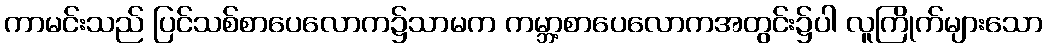
ကာမင်းသည် ပြင်သစ်စာပေလောက၌သာမက ကမ္ဘာ့စာပေလောကအတွင်း၌ပါ လူကြိုက်များသော